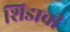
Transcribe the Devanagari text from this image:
शिडाची